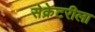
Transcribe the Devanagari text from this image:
सेक्रेटरीला